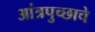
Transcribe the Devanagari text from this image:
आंत्रपुच्छाचे